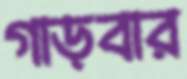
গাড়বার